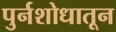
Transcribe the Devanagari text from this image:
पुर्नशोधातून